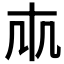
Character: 𠦐